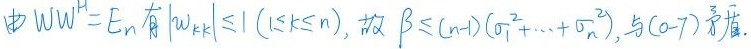
由$WW^{H}=E_{n}$有$|w_{kk}|\leq 1(1\leq k\leq n)$，故$\beta\leq (n - 1)(\sigma_{1}^{2}+\cdots+\sigma_{n}^{2})$，与(0 - 7)矛盾。